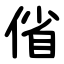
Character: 偗